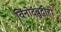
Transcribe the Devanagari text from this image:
विनोदबुद्धीही